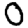
Digit: 0